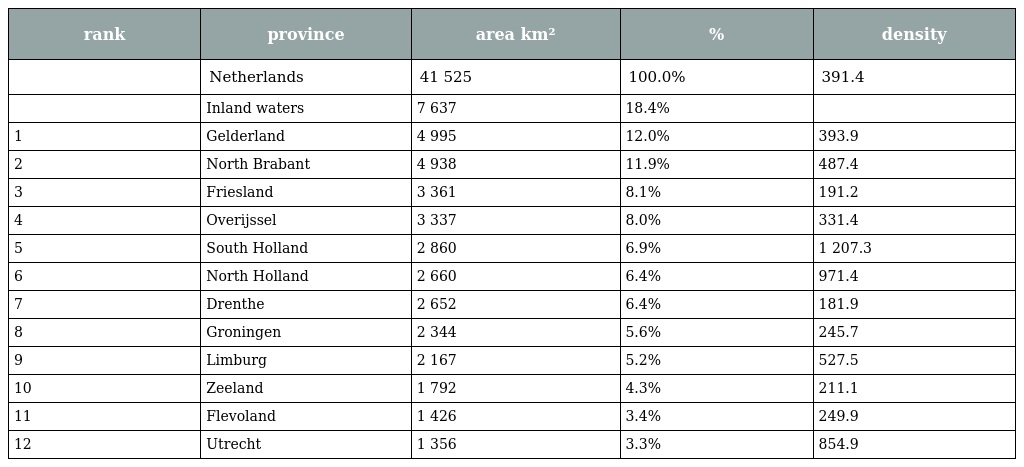
| rank | province | area km² | % | density |
 | --- | --- | --- | --- | --- |
 |  | Netherlands | 41 525 | 100.0% | 391.4 |
 |  | Inland waters | 7 637 | 18.4% |  |
 | 1 | Gelderland | 4 995 | 12.0% | 393.9 |
 | 2 | North Brabant | 4 938 | 11.9% | 487.4 |
 | 3 | Friesland | 3 361 | 8.1% | 191.2 |
 | 4 | Overijssel | 3 337 | 8.0% | 331.4 |
 | 5 | South Holland | 2 860 | 6.9% | 1 207.3 |
 | 6 | North Holland | 2 660 | 6.4% | 971.4 |
 | 7 | Drenthe | 2 652 | 6.4% | 181.9 |
 | 8 | Groningen | 2 344 | 5.6% | 245.7 |
 | 9 | Limburg | 2 167 | 5.2% | 527.5 |
 | 10 | Zeeland | 1 792 | 4.3% | 211.1 |
 | 11 | Flevoland | 1 426 | 3.4% | 249.9 |
 | 12 | Utrecht | 1 356 | 3.3% | 854.9 |